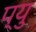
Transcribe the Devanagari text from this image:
प्यु